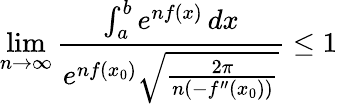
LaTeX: \operatorname*{lim}_{n\to\infty}{\frac{\int_{a}^{b}e^{nf(x)}\, dx}{e^{nf(x_{0})}{\sqrt{\frac{2\pi}{n(-f^{\prime\prime}(x_{0}))}}}}}\leq 1